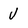
Character: V